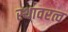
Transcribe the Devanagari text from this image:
स्थावरत्व